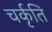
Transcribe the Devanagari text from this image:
चर्कृति